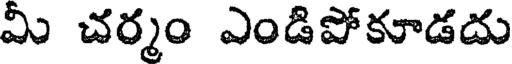
మీ చర్మం ఎండిపోకూడదు